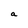
Character: a